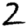
Digit: 2